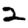
Digit: 2